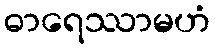
ဓာရေဿာမဟံ